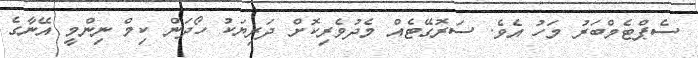
ސެޕްޓެމްބަރު މަހު އެވެ. ސަރޮގޭޓެއް މެދުވެރިކޮށް ދަރިޔަކު ހޯދަން ކިމް ނިންމީ އޭނާގެ